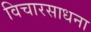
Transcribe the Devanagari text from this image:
विचारसाधना